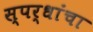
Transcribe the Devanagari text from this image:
स्पर्धांंचा